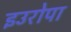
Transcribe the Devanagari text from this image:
इउरोपा